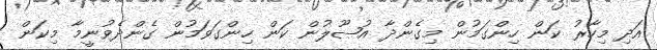
އަދި މިހާރު ކަން ހިންގަމުން މިގެންދާ އުޞޫލުން ކަން ހިންގަވަމުން ގެންދެވުނީމާ މިކަން